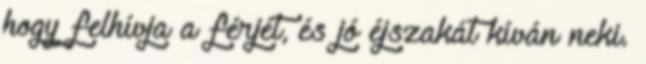
hogy felhívja a férjét, és jó éjszakát kíván neki.